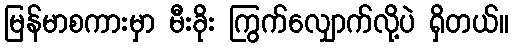
မြန်မာစကားမှာ မီးခိုး ကြွက်လျှောက်လို့ပဲ ရှိတယ်။